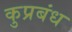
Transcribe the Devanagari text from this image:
कुप्रबंध